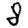
Digit: 8